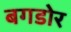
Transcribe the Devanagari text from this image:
बगडोर